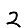
Digit: 2